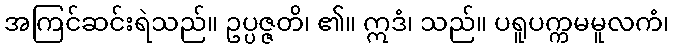
အကြင်ဆင်းရဲသည်။ ဥပ္ပဇ္ဇတိ၊ ၏။ ဣဒံ၊ သည်။ ပရူပက္ကမမူလကံ၊